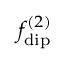
f _ { \mathrm { d i p } } ^ { ( 2 ) }